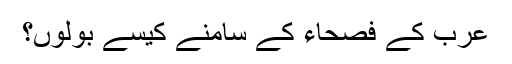
عرب کے فصحاء کے سامنے کیسے بولوں؟